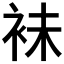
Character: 𧙕